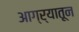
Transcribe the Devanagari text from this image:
आग्र्यातून